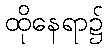
ထိုနေရာ၌